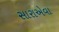
સારાએવા